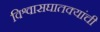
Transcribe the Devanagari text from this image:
विश्वासघातक्यांची